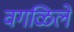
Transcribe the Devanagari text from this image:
वगळिले